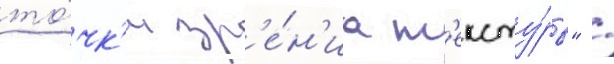
то́чк'и зр'е́н'иа т'ексту́ры" /